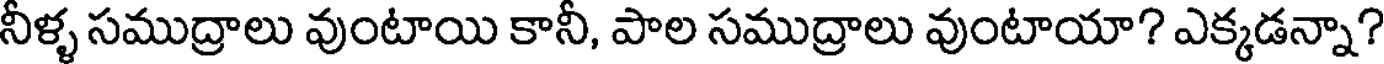
నీళ్ళ సముద్రాలు వుంటాయి కానీ, పాల సముద్రాలు వుంటాయా? ఎక్కడన్నా?